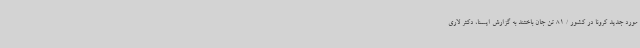
مورد جدید کرونا در کشور / 81 تن جان باختند به گزارش ایسنا، دکتر لاری